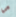
هي